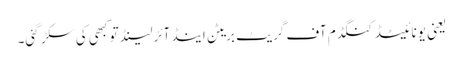
یعنی یونائیٹڈ کنگڈم آف گریٹ بریٹن اینڈ آئرلینڈ تو کبھی کی سکڑ گئی۔